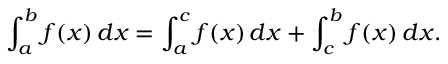
\int _ { a } ^ { b } f ( x ) \, d x = \int _ { a } ^ { c } f ( x ) \, d x + \int _ { c } ^ { b } f ( x ) \, d x .